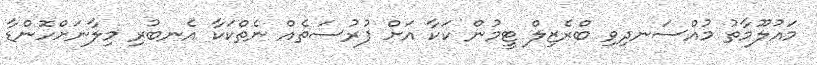
މައުލޫމާތު މުއްސަނދިވި ބްރެޒިލް ޓީމުން ކަކާ އަށް ފުރުސަތެއް ނެތްކަކާ އެނބުރި މިލާނަށްހޮންޑާ